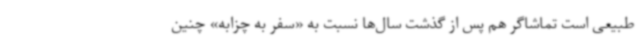
طبیعی است تماشاگر هم پس از گذشت سال‌ها نسبت به «سفر به چزابه» چنین